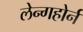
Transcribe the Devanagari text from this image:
लेन्गहोर्न